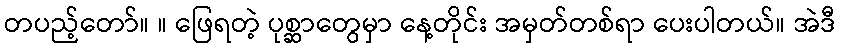
တပည့်တော်။ ။ ဖြေရတဲ့ ပုစ္ဆာတွေမှာ နေ့တိုင်း အမှတ်တစ်ရာ ပေးပါတယ်။ အဲဒီ